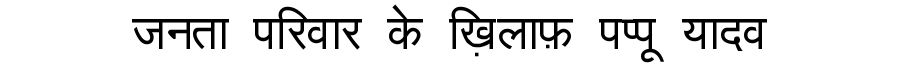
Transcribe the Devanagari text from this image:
जनता परिवार के ख़िलाफ़ पप्पू यादव